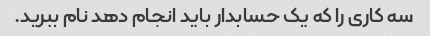
سه کاری را که یک حسابدار باید انجام دهد نام ببرید.